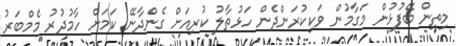
މިތިން ބޭފުޅުން މަގާމުން ވަކިކުރަންދެން ހަޅުތާލު ކުރިއަށް ގެންދާނޭ ކަމަށް ހާމުދުރު މެމްބަރު